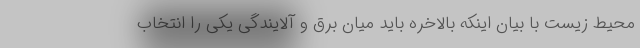
محیط زیست با بیان اینکه بالاخره باید میان برق و آلایندگی یکی را انتخاب